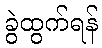
ခွဲထွက်ရန်